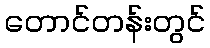
တောင်တန်းတွင်